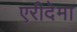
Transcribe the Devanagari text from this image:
एरीदेमा